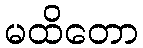
မထိတော